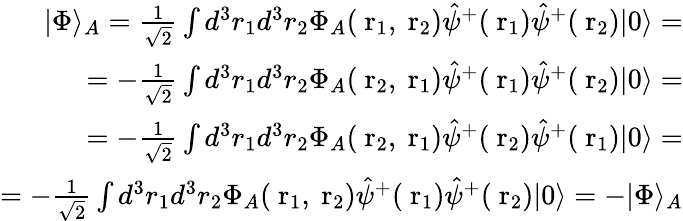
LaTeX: \begin{array}{r}{|\Phi\rangle_{A}=\frac{1}{\sqrt{2}}\int d^{3}r_{1}d^{3}r_{2}\Phi_{A}(\mathrm{\mathbf~r}_{1},\mathrm{\mathbf~r}_{2})\hat{\psi}^{+}(\mathrm{\mathbf~r}_{1})\hat{\psi}^{+}(\mathrm{\mathbf~r}_{2})|0\rangle=}\\ {=-\frac{1}{\sqrt{2}}\int d^{3}r_{1}d^{3}r_{2}\Phi_{A}(\mathrm{\mathbf~r}_{2},\mathrm{\mathbf~r}_{1})\hat{\psi}^{+}(\mathrm{\mathbf~r}_{1})\hat{\psi}^{+}(\mathrm{\mathbf~r}_{2})|0\rangle=}\\ {=-\frac{1}{\sqrt{2}}\int d^{3}r_{1}d^{3}r_{2}\Phi_{A}(\mathrm{\mathbf~r}_{2},\mathrm{\mathbf~r}_{1})\hat{\psi}^{+}(\mathrm{\mathbf~r}_{2})\hat{\psi}^{+}(\mathrm{\mathbf~r}_{1})|0\rangle=}\\ {=-\frac{1}{\sqrt{2}}\int d^{3}r_{1}d^{3}r_{2}\Phi_{A}(\mathrm{\mathbf~r}_{1},\mathrm{\mathbf~r}_{2})\hat{\psi}^{+}(\mathrm{\mathbf~r}_{1})\hat{\psi}^{+}(\mathrm{\mathbf~r}_{2})|0\rangle=-|\Phi\rangle_{A}}\end{array}